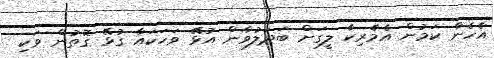
އެހެން ކަމުން އެމެރިކާ ލީގަށް ބަދަލުވާން އުޅޭ ވަހަކައާ ގުޅޭ ގޮތުން ވަކި